Insane asylums Bombay 1873-77 - 1873-1877
Year: 1873
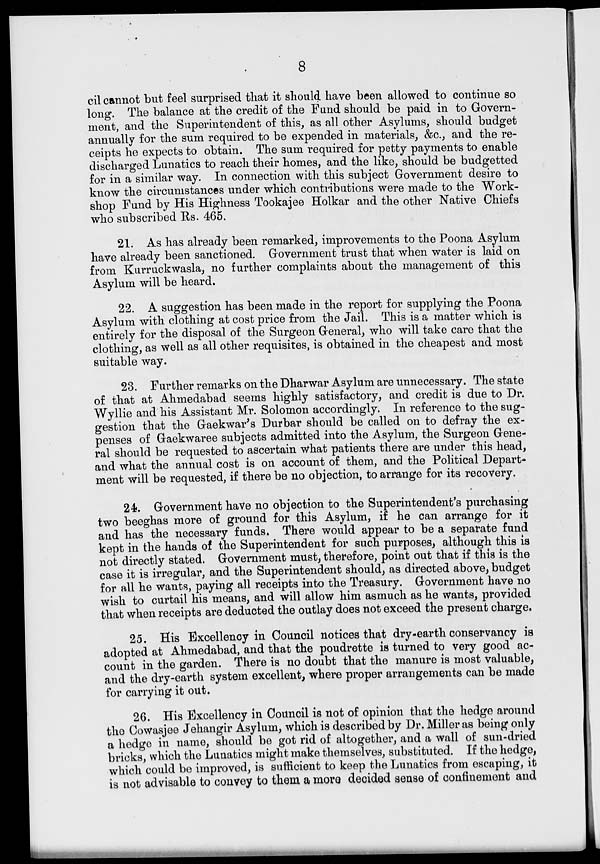
8
cil cannot but feel surprised that it should have been allowed to continue so
long. The balance at the credit of the Fund should be paid in to Govern-
ment, and the Superintendent of this, as all other Asylums, should budget
annually for the sum required to be expended in materials, &c., and the re-
ceipts he expects to obtain. The sum required for petty payments to enable
discharged Lunatics to reach their homes, and the like, should be budgetted
for in a similar way. In connection with this subject Government desire to
know the circumstances under which contributions were made to the Work-
shop Fund by His Highness Tookajee Holkar and the other Native Chiefs
who subscribed Rs. 465.
21. As has already been remarked, improvements to the Poona Asylum
have already been sanctioned. Government trust that when water is laid on
from Kurruckwasla, no further complaints about the management of this
Asylum will be heard.
22. A suggestion has been made in the report for supplying the Poona
Asylum with clothing at cost price from the Jail. This is a matter which is
entirely for the disposal of the Surgeon General, who will take care that the
clothing, as well as all other requisites, is obtained in the cheapest and most
suitable way.
23. Further remarks on the Dharwar Asylum are unnecessary. The state
of that at Ahmedabad seems highly satisfactory, and credit is due to Dr.
Wyllie and his Assistant Mr. Solomon accordingly. In reference to the sug-
gestion that the Gaekwar's Durbar should be called on to defray the ex-
penses of Gaekwaree subjects admitted into the Asylum, the Surgeon Gene-
ral should be requested to ascertain what patients there are under this head,
and what the annual cost is on account of them, and the Political Depart-
ment will be requested, if there be no objection, to arrange for its recovery.
24. Government have no objection to the Superintendent's purchasing
two beeghas more of ground for this Asylum, if he can arrange for it
and has the necessary funds. There would appear to be a separate fund
kept in the hands of the Superintendent for such purposes, although this is
not directly stated. Government must, therefore, point out that if this is the
case it is irregular, and the Superintendent should, as directed above, budget
for all he wants, paying all receipts into the Treasury. Government have no
wish to curtail his means, and will allow him asmuch as he wants, provided
that when receipts are deducted the outlay does not exceed the present charge.
25. His Excellency in Council notices that dry-earth conservancy is
adopted at Ahmedabad, and that the poudrette is turned to very good ac-
count in the garden. There is no doubt that the manure is most valuable,
and the dry-earth system excellent, where proper arrangements can be made
for carrying it out.
26. His Excellency in Council is not of opinion that the hedge around
the Cowasjee Jehangir Asylum, which is described by Dr. Miller as being only
a hedge in name, should be got rid of altogether, and a wall of sun-dried
bricks, which the Lunatics might make themselves, substituted. If the hedge,
which could be improved, is sufficient to keep the Lunatics from escaping, it
is not advisable to convey to them a more decided sense of confinement and